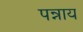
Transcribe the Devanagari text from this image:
पन्नाय